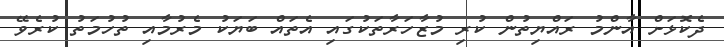
ދެކޮޅަށް އާންމު ރައްޔިތުން ކުރި މުޒާހަރާތަކުގައި އެތައް ބަޔަކު މެރުމާއި ތުހުމަތު ކުރެވޭ